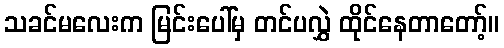
သခင်မလေးက မြင်းပေါ်မှ တင်ပလွှဲ ထိုင်နေတာတော့်။